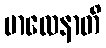
ဗာလေနာတိ